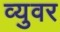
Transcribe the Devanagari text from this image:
व्युवर